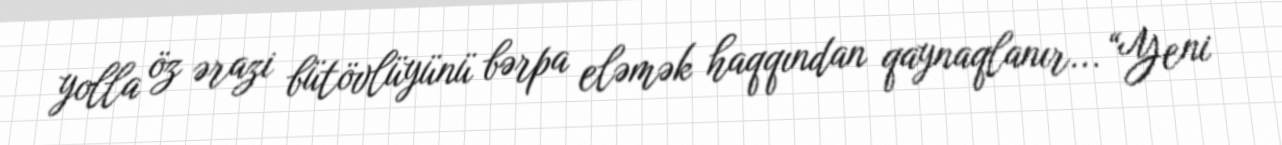
yolla öz ərazi bütövlüyünü bərpa eləmək haqqından qaynaqlanır... “Yeni